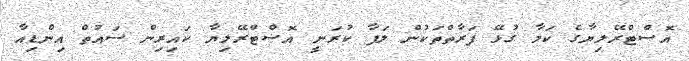
އޮސްޓްރޭލިޔާގެ ކަމާ ގުޅޭ ފަރާތްތަކުން ލަފާ ކުރަނީ އޮސްޓްރޭލިޔާ ކައިރިން ސައުތް އިންޑިއާ